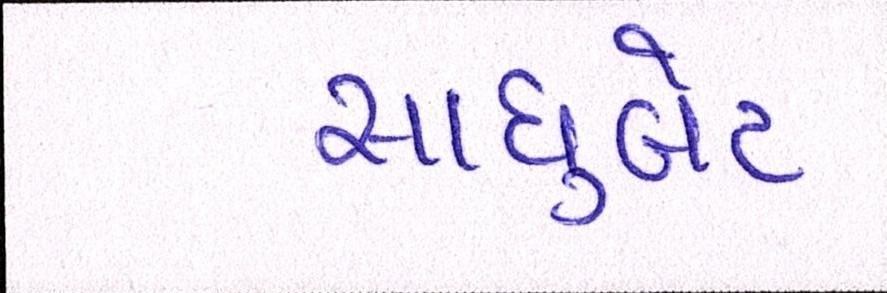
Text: સાધુબેટ